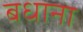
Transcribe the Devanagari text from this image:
बधाना